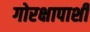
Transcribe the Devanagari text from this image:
गोरक्षापाशी